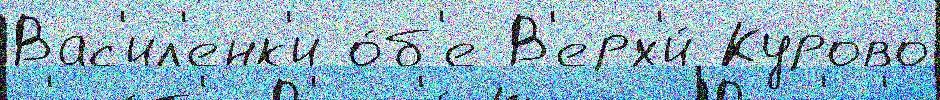
Вас'ил'енк'и о́б'е В'ерх'и́ Курово